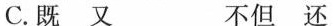
C.既 又 不但 还